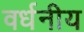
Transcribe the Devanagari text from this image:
वर्धनीय